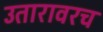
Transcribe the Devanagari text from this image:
उतारावरच